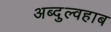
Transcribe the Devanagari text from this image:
अब्दुल्वहाब